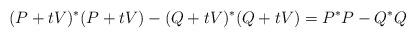
LaTeX: \begin{align*}(P+t V)^*(P+t V)-(Q+t V)^*(Q+t V) = P^*P-Q^*Q\end{align*}